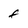
Character: f